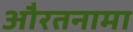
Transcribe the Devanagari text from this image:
औरतनामा